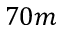
7 0 m